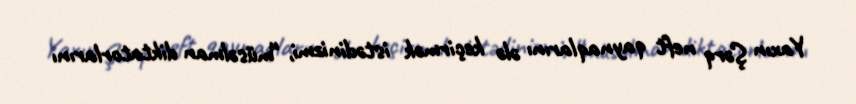
Yaxın Şərq neft qaynaqlarını ələ keçirmək istədinizmi, “müsəlman diktatorlarını